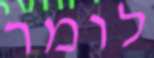
לומר